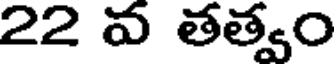
22 వ తత్వం